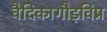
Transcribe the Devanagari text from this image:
वैदिकागौड़विप्र